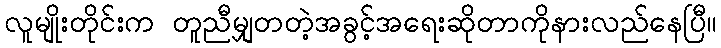
လူမျိုးတိုင်းက တူညီမျှတတဲ့အခွင့်အရေးဆိုတာကိုနားလည်နေပြီ။